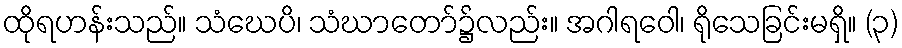
ထိုရဟန်းသည်။ သံဃေပိ၊ သံဃာတော်၌လည်း။ အဂါရဝေါ၊ ရိုသေခြင်းမရှိ။ (၃)